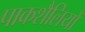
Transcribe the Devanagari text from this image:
पाकशैलियों